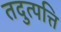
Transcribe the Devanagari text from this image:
तदुत्पत्ति